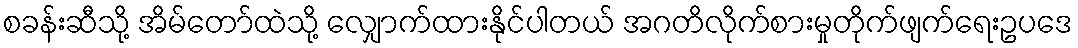
စခန်းဆီသို့ အိမ်တော်ထဲသို့ လျှောက်ထားနိုင်ပါတယ် အဂတိလိုက်စားမှုတိုက်ဖျက်ရေးဥပဒေ